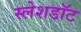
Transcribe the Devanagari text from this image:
स्लेशडॉट